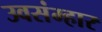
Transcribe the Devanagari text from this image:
उवसंम्हार